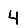
Digit: 4